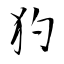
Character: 犳